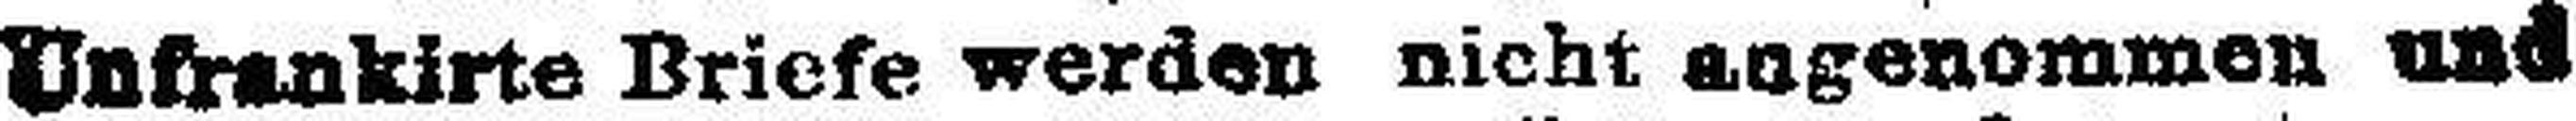
Unkrankirte Briefe werden nicht angenommen und